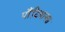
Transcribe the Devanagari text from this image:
पाँटियानस